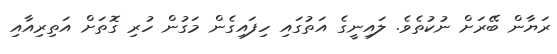
ރަޔާން ބޭރަށް ނުކުތެވެ. ލައިނީގެ އަތުގައި ހިފައިގެން މަގުން ހުރި ގޮތަށް އަތިރިއާއި